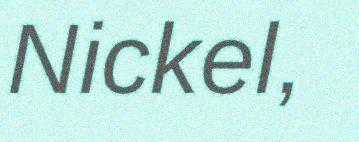
Nickel,